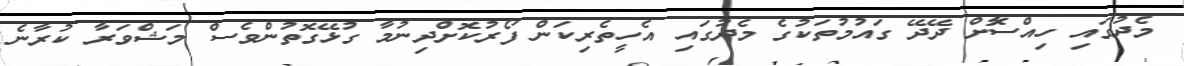
މެދުގައި ހިއްސާޮށް ދޭދޭ ގައުމުތަކުގެ މެދުގައި އެހީތެރިކަން ފޯރުކޮށްދިނުމާ ގުޅޭގޮތުންވެސް މަޝްވަރާ ކުރާނެ